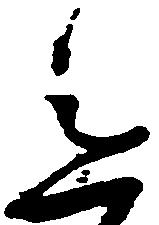
意